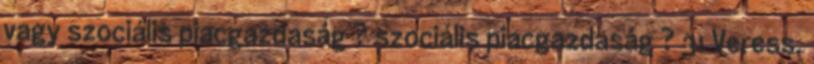
vagy szociális piacgazdaság ? szociális piacgazdaság ? 31 Veress,